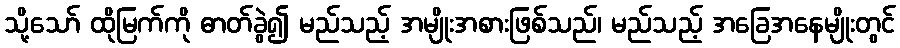
သို့သော် ထိုမြက်ကို ဓာတ်ခွဲ၍ မည်သည့် အမျိုးအစားဖြစ်သည်၊ မည်သည့် အခြေအနေမျိုးတွင်